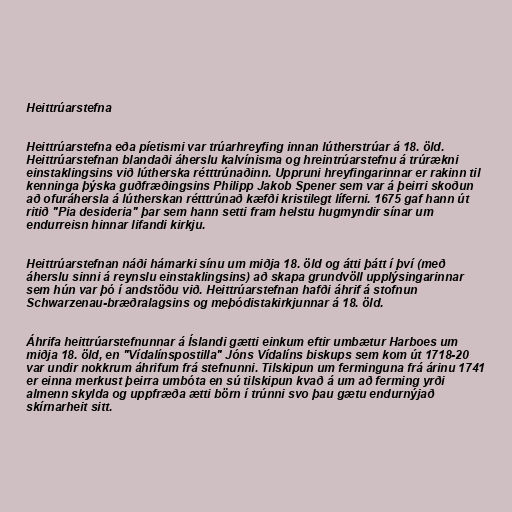
Heittrúarstefna

Heittrúarstefna eða píetismi var trúarhreyfing innan lútherstrúar á 18. öld.
Heittrúarstefnan blandaði áherslu kalvínisma og hreintrúarstefnu á trúrækni
einstaklingsins við lútherska rétttrúnaðinn. Uppruni hreyfingarinnar er rakinn til
kenninga þýska guðfræðingsins Philipp Jakob Spener sem var á þeirri skoðun
að ofuráhersla á lútherskan rétttrúnað kæfði kristilegt líferni. 1675 gaf hann út
ritið "Pia desideria" þar sem hann setti fram helstu hugmyndir sínar um
endurreisn hinnar lifandi kirkju.

Heittrúarstefnan náði hámarki sínu um miðja 18. öld og átti þátt í því (með
áherslu sinni á reynslu einstaklingsins) að skapa grundvöll upplýsingarinnar
sem hún var þó í andstöðu við. Heittrúarstefnan hafði áhrif á stofnun
Schwarzenau-bræðralagsins og meþódistakirkjunnar á 18. öld.

Áhrifa heittrúarstefnunnar á Íslandi gætti einkum eftir umbætur Harboes um
miðja 18. öld, en "Vídalínspostilla" Jóns Vídalíns biskups sem kom út 1718-20
var undir nokkrum áhrifum frá stefnunni. Tilskipun um ferminguna frá árinu 1741
er einna merkust þeirra umbóta en sú tilskipun kvað á um að ferming yrði
almenn skylda og uppfræða ætti börn í trúnni svo þau gætu endurnýjað
skírnarheit sitt.